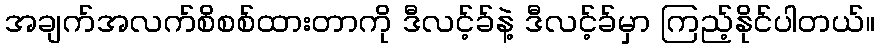
အချက်အလက်စိစစ်ထားတာကို ဒီလင့်ခ်နဲ့ ဒီလင့်ခ်မှာ ကြည့်နိုင်ပါတယ်။